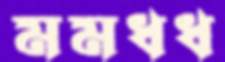
মমধধ